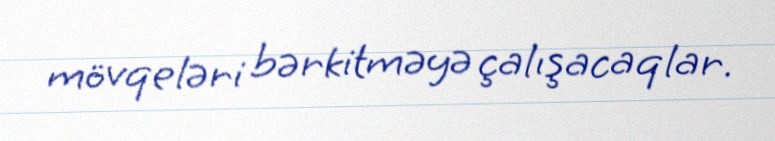
mövqeləri bərkitməyə çalışacaqlar.